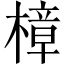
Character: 樟